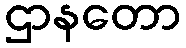
ဌာနတော